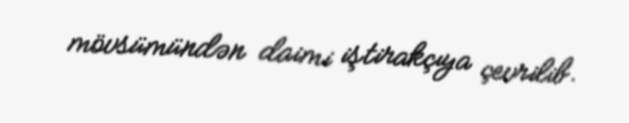
mövsümündən daimi iştirakçıya çevrilib.